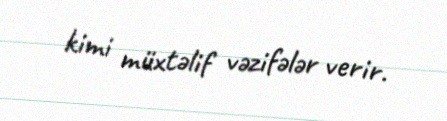
kimi müxtəlif vəzifələr verir.